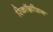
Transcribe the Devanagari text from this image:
रिकॉग्नीशन